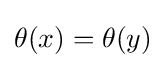
\theta (x)=\theta (y)